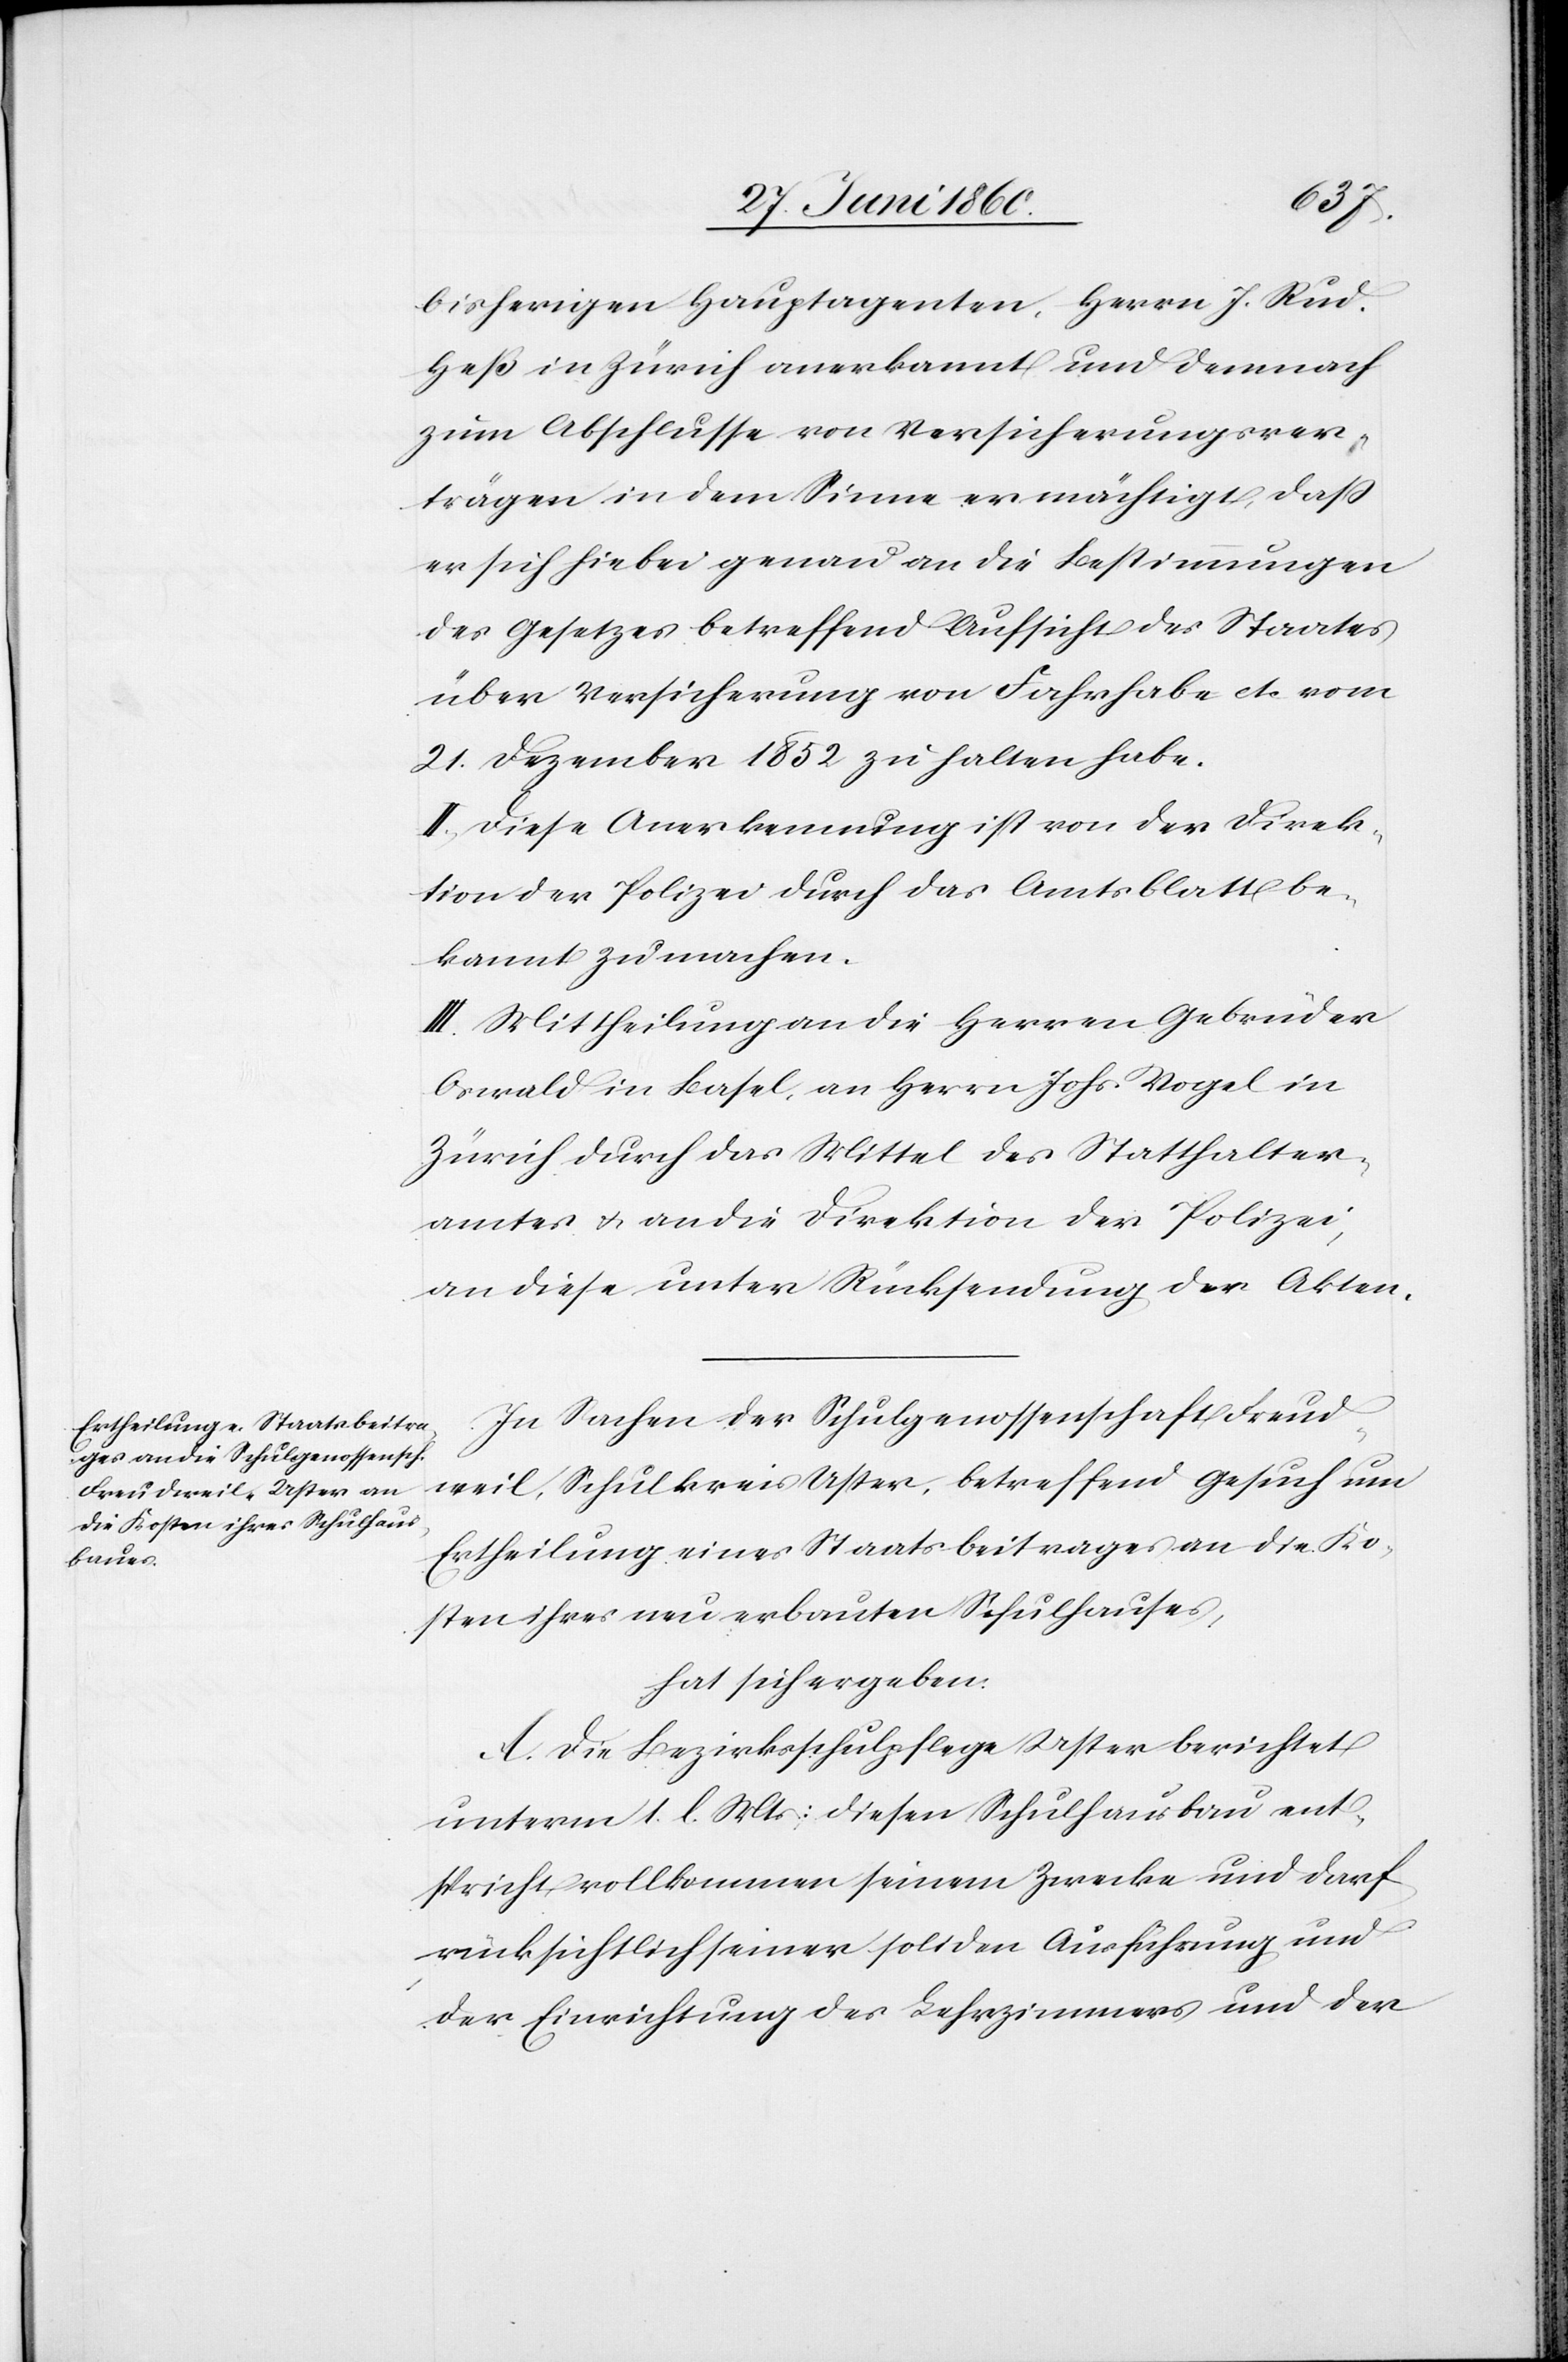
bisherigen Hauptagenten, Herrn J. Rud.
Heß in Zürich anerkannt und demnach
zum Abschlusse von Versicherungsver¬
trägen in dem Sinne ermächtigt, dass
er sich hiebei genau an die Bestimmungen
des Gesetzes betreffend Aufsicht des Staates
über Versicherung von Fahrhabe etc. vom
21. Dezember 1852 zu halten habe.
II. Diese Anerkennung ist von der Direk¬
tion der Polizei durch das Amtsblatt be¬
kannt zu machen.
III. Mittheilung an die Herren Gebrüder
Oswald in Basel, an Herrn Johs. Vogel in
Zürich durch das Mittel des Statthalter¬
amtes u. an die Direktion der Polizei,
an diese unter Rücksendung der Akten.
In Sachen der Schulgenossenschaft Freud¬
weil, Schulkreis Uster, betreffend Gesuch um
Ertheilung eines Staatsbeitrages an die Ko¬
sten ihres neu erbauten Schulhauses,
hat sich ergeben:
A. Die Bezirksschulpflege Uster berichtet
unterm 1. l. Mts: diesen [sic!] Schulhausbau ent¬
spricht vollkommen seinem Zwecke und darf
rücksichtlich seiner soliden Ausführung und
der Einrichtung des Lehrzimmers und der